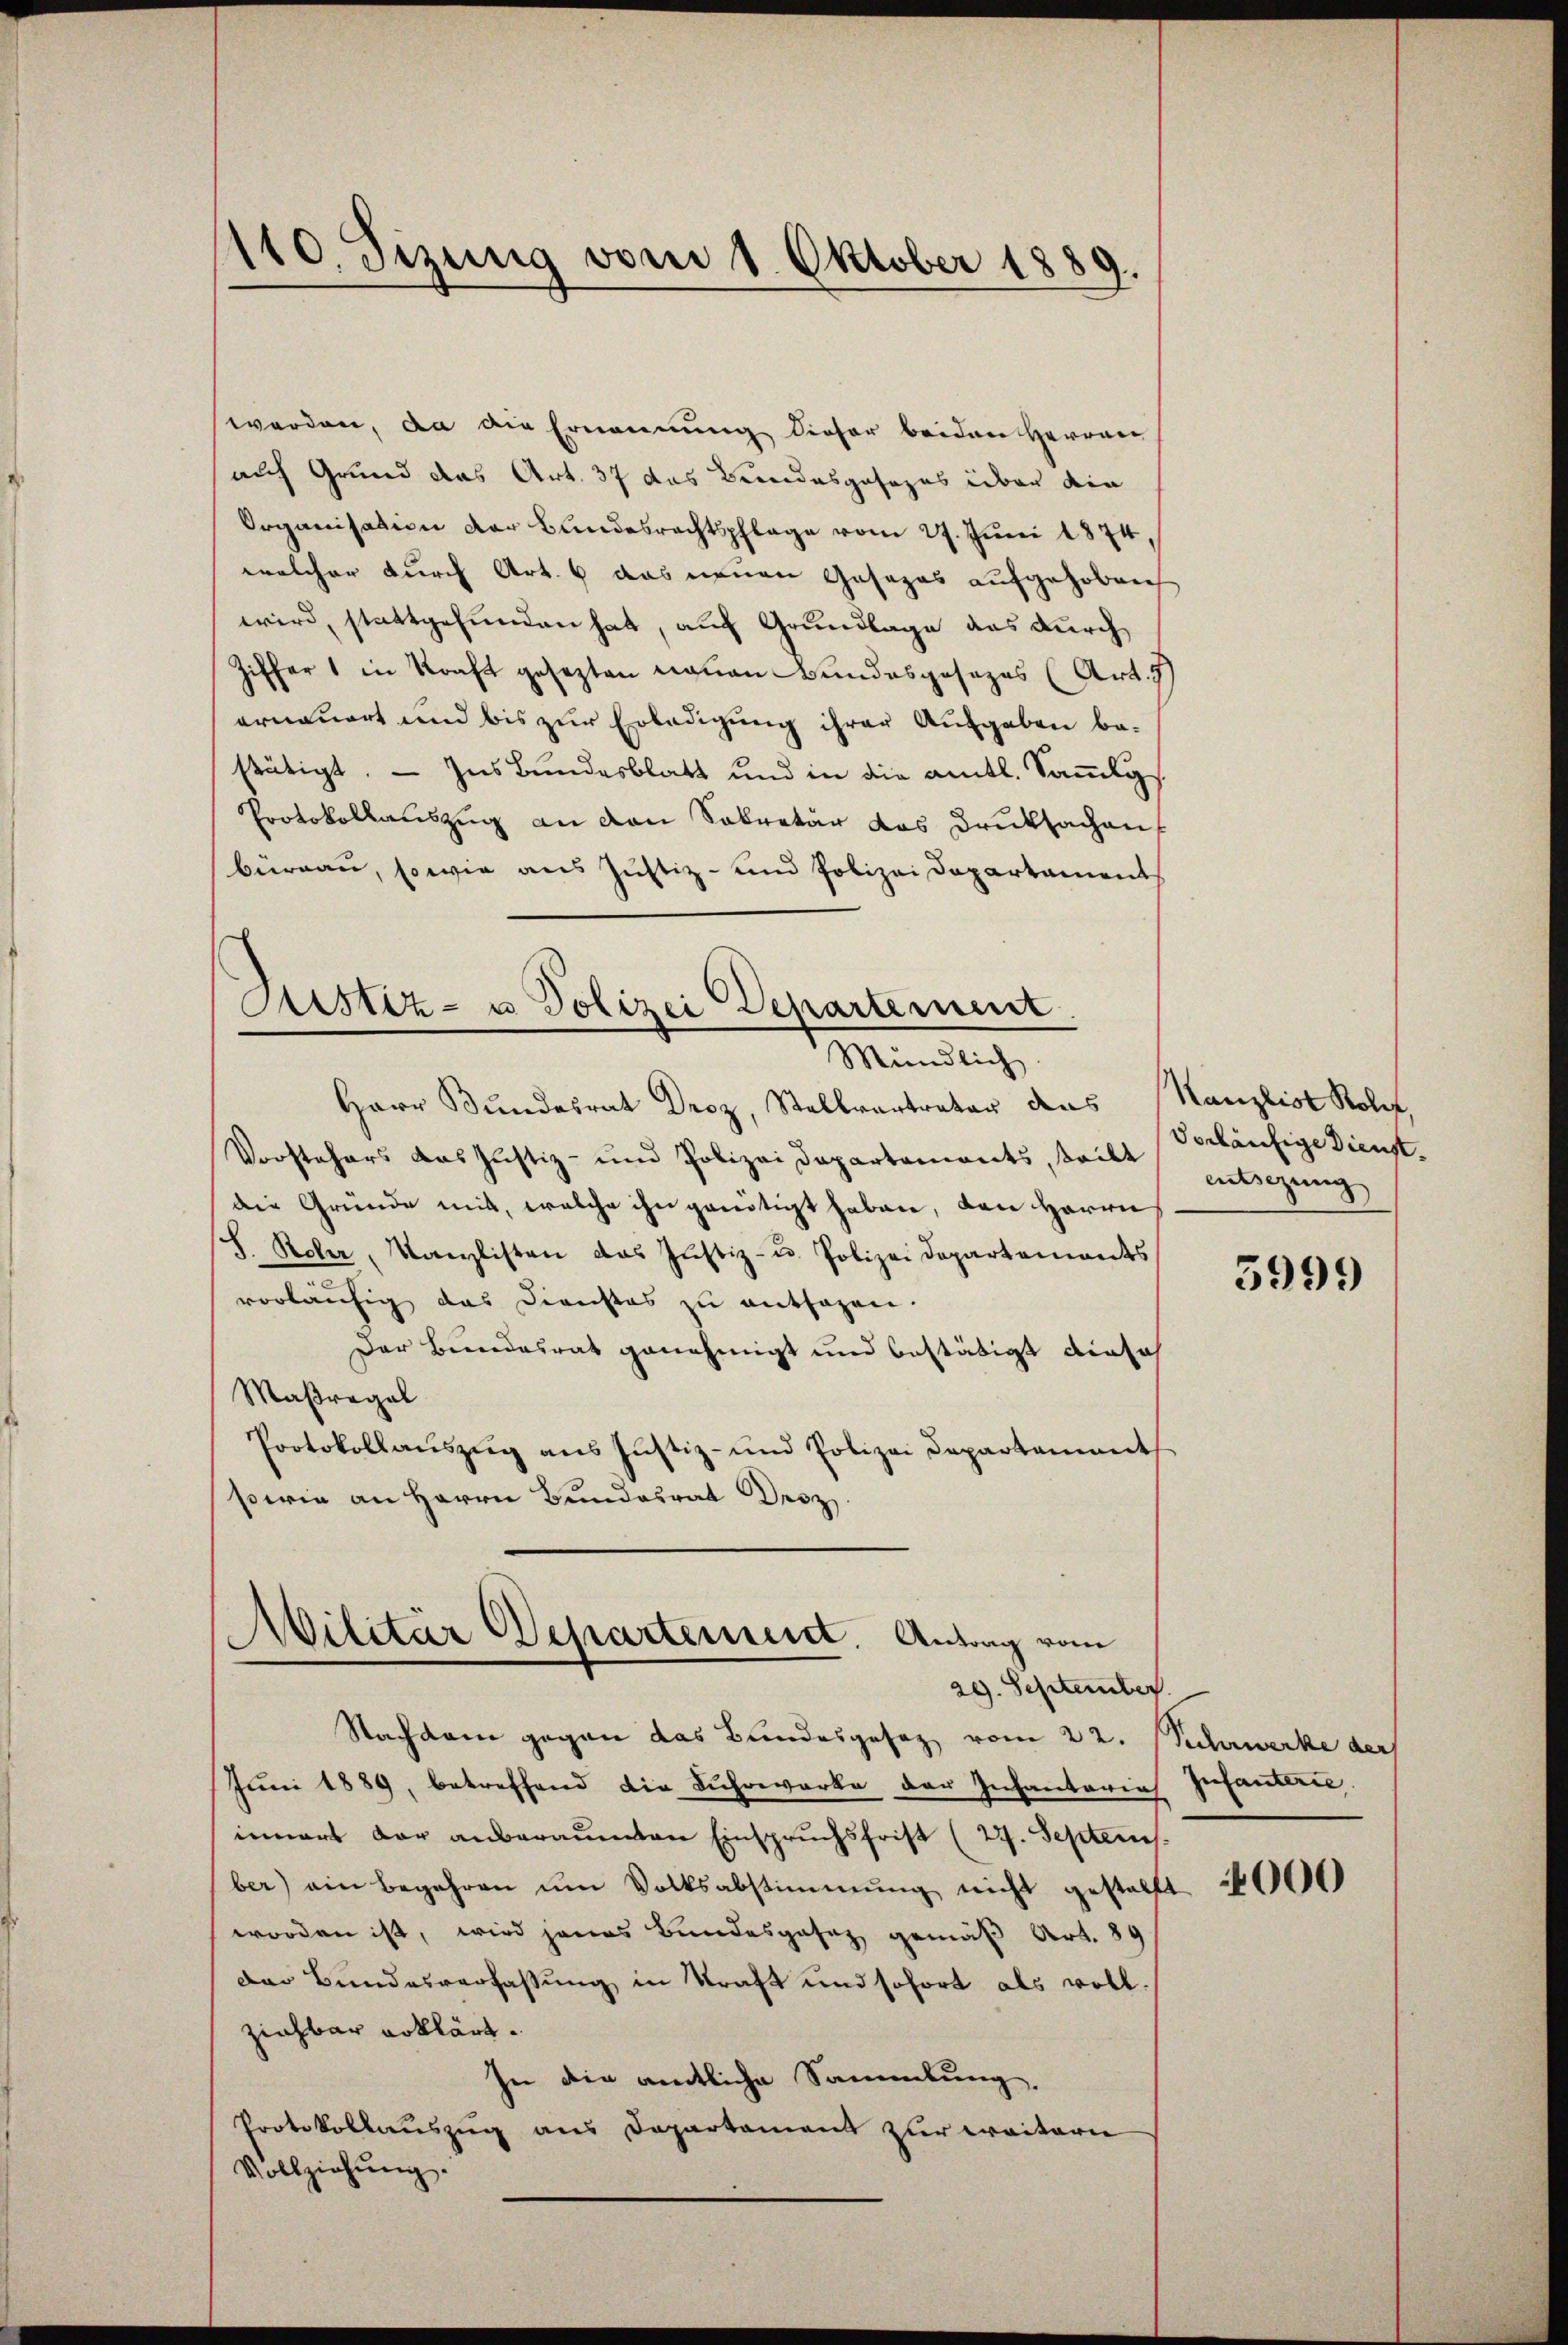
110 Sizung vom 1. Oktober 1889.
¬

werden, da die Ernennung dieser beiden Herren
auf Grund das Art. 37 das Bundesgesezes über die
Organisation der Bundesrechtspflege vom 27. Juni 1874,
welcher durch Art. 6 das neuen Gesezes aufgehoben
wird, stattgefunden hat, auch Grundlage das durch
Ziffer 1 in Kraft gesezten neuen Bundesgesezes (Art. 5
erneuert und bis zur Erledigung ihrer Aufgaben bestätigt. — Ins Bundesblatt und in die amtl. Sammlgs
Protokollauszug an den Sekretär das Druksachen
büreau, sowie aus Justiz- und Polizei Departament
Mündlich.
Herr Bundesrat Droz, Stellvertrator das
Vorstehers das Justiz- und Polizei Departements, teilt
die Gründe mit, welche ihn genötigt haben, den Herrn
8
S. Rober, Kanzlisten das Justiz- u. Polizei Departements
vorläufig das Direchtes zu entsagen.
Der Bundesrat genehmigt und bestätigt diese
Maßregel
Protokollauszug aus Justiz- und Polizei Departament
swie an Herrn Bundesrat Droz.
e
Militär Departensent. Antrag vom
29. September.
Nachdem gegen das Bundesgesez vom 22.
Juni 1889, betreffend die Fuhrwerke der Infantarias Infanterie
innert der anberaumten Einspruchsfrist (27. Septem
ber) ein begehren um Volksabstimmung nicht gestellt
worden ist, wird jenes Bundesgesez gemäß Art. 89
Der Bundesverfassung in Straft und sofort als vollziehbar erklärt.
In die amtliche Sammlung,
Protokollauszug aus Departament zur weitern
Vollziehŭng.

Justiz- u Polizei Departement

Kanzlist Rolf,
Vorhäufige Dienst.
esizung
399

Schwerke der

000